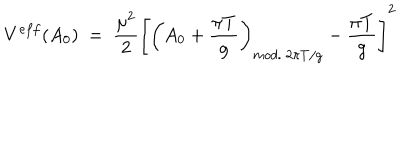
V ^ { e f f } ( A _ { 0 } ) \ = \ \frac { \mu ^ { 2 } } { 2 } \left[ \left( A _ { 0 } + \frac { \pi T } { g } \right) _ { m o d . { } ~ 2 \pi T / g } - \frac { \pi T } { g } \right] ^ { 2 }